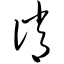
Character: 诮